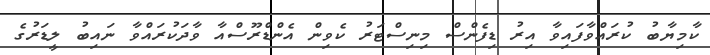
ކާމިޔާބު ކުރައްވާފައިވާ އިރު ޑިފެންސް މިނިސްޓަރު ކެވިން އެންޑްރޫސްއާ ވާދަކުރައްވާ ނައިބު ލީޑަރުގެ